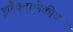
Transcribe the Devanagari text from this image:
इलैक्ट्रानिकीय